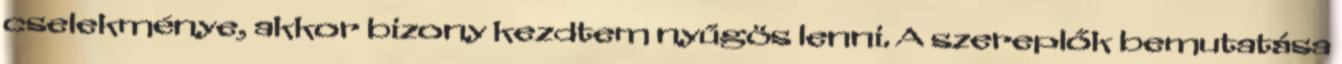
cselekménye, akkor bizony kezdtem nyűgös lenni. A szereplők bemutatása